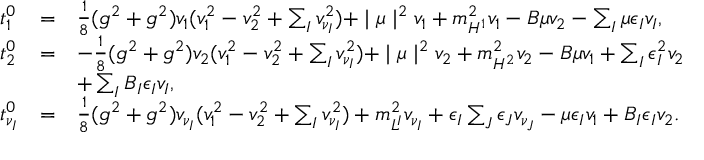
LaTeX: \begin{array} { l l l } { { t _ { 1 } ^ { 0 } } } & { { = } } & { { \frac { 1 } { 8 } ( g ^ { 2 } + g ^ { 2 } ) v _ { 1 } ( v _ { 1 } ^ { 2 } - v _ { 2 } ^ { 2 } + \sum _ { I } v _ { \nu _ { I } } ^ { 2 } ) + \mid \mu \mid ^ { 2 } v _ { 1 } + m _ { H ^ { 1 } } ^ { 2 } v _ { 1 } - B \mu v _ { 2 } - \sum _ { I } ^ { } \mu \epsilon _ { I } v _ { I } , } } \\ { { t _ { 2 } ^ { 0 } } } & { { = } } & { { - \frac { 1 } { 8 } ( g ^ { 2 } + g ^ { 2 } ) v _ { 2 } ( v _ { 1 } ^ { 2 } - v _ { 2 } ^ { 2 } + \sum _ { I } v _ { \nu _ { I } } ^ { 2 } ) + \mid \mu \mid ^ { 2 } v _ { 2 } + m _ { H ^ { 2 } } ^ { 2 } v _ { 2 } - B \mu v _ { 1 } + \sum _ { I } \epsilon _ { I } ^ { 2 } v _ { 2 } } } \\ { { } } & { { } } & { { + \sum _ { I } B _ { I } \epsilon _ { I } v _ { I } , } } \\ { { t _ { \nu _ { I } } ^ { 0 } } } & { { = } } & { { \frac { 1 } { 8 } ( g ^ { 2 } + g ^ { 2 } ) v _ { \nu _ { I } } ( v _ { 1 } ^ { 2 } - v _ { 2 } ^ { 2 } + \sum _ { I } v _ { \nu _ { I } } ^ { 2 } ) + m _ { L ^ { I } } ^ { 2 } v _ { \nu _ { I } } + \epsilon _ { I } \sum _ { J } \epsilon _ { J } v _ { \nu _ { J } } - \mu \epsilon _ { I } v _ { 1 } + B _ { I } \epsilon _ { I } v _ { 2 } . } } \end{array}